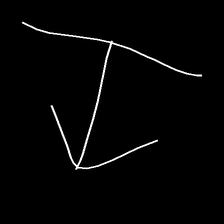
Glyph: levitation